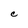
Character: C